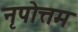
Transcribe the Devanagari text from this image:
नृपोत्तम